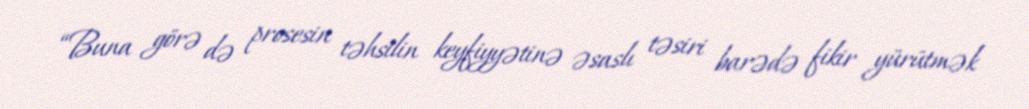
“Buna görə də prosesin təhsilin keyfiyyətinə əsaslı təsiri barədə fikir yürütmək